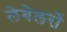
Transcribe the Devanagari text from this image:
लेवेलरों